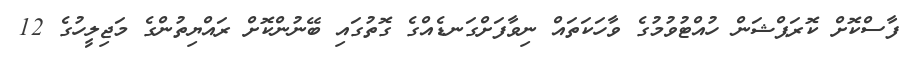
ފާސްކޮށް ކޮރަޕްޝަން ހުއްޓުވުމުގެ ވާހަކަތައް ނިވާފަށްގަނޑެއްގެ ގޮތުގައި ބޭނުންކޮށް ރައްޔިތުންގެ މަޖިލީހުގެ 12